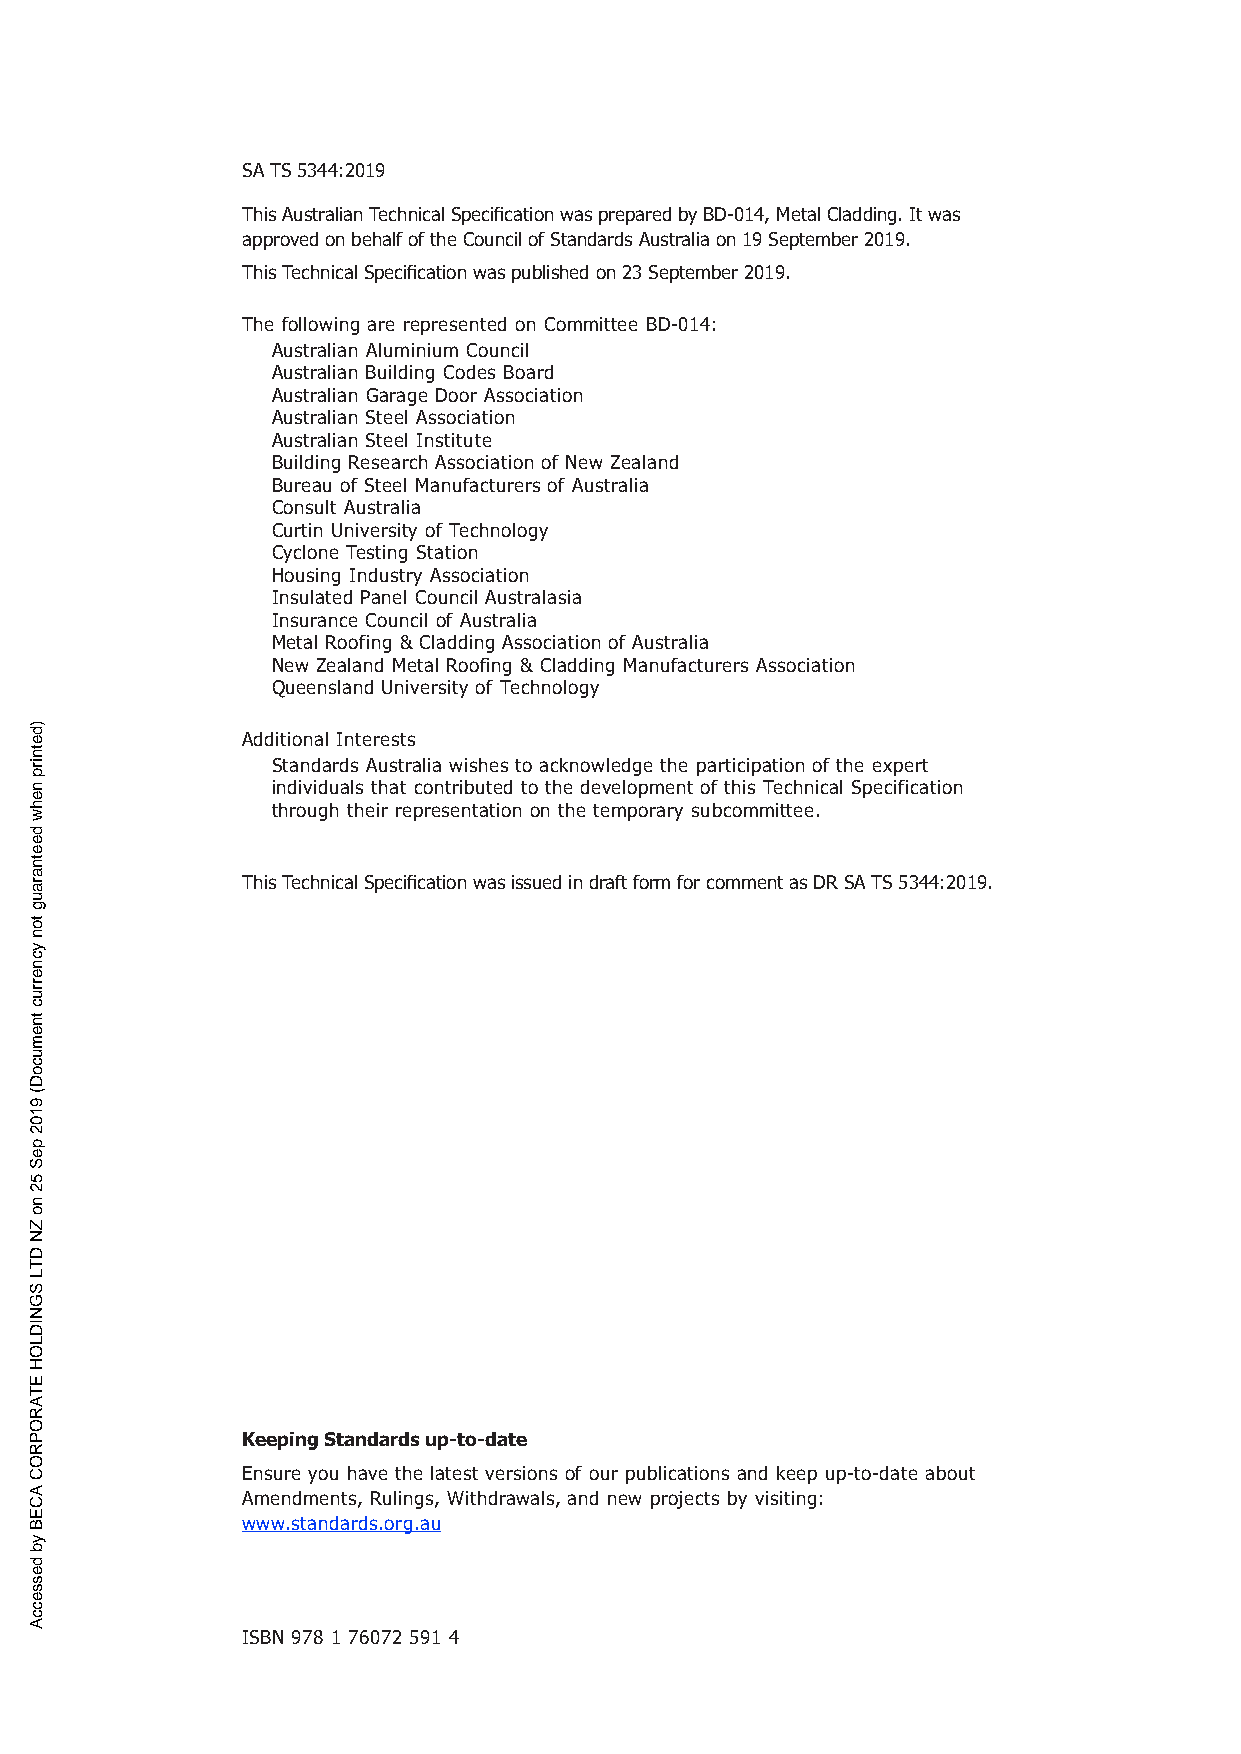
SA TS 5344:2019
 This Australian Technical Specification was prepared by BD-014, Metal Cladding. It was
 approved on behalf of the Council of Standards Australia on 19 September 2019.
 This Technical Specification was published on 23 September 2019.
 The following are represented on Committee BD-014:
 Australian Aluminium Council
 Australian Building Codes Board
 Australian Garage Door Association
 Australian Steel Association
 Australian Steel Institute
 Building Research Association of New Zealand
 Bureau of Steel Manufacturers of Australia
 Consult Australia
 Curtin University of Technology
 Cyclone Testing Station
 Housing Industry Association
 Insulated Panel Council Australasia
 Insurance Council of Australia
 Metal Roofing & Cladding Association of Australia
 New Zealand Metal Roofing & Cladding Manufacturers Association
 Queensland University of Technology
 Additional Interests
 Standards Australia wishes to acknowledge the participation of the expert
 individuals that contributed to the development of this Technical Specification
 through their representation on the temporary subcommittee.
 This Technical Specification was issued in draft form for comment as DR SA TS 5344:2019.
 Keeping Standards up-to-date
 Ensure you have the latest versions of our publications and keep up-to-date about
 Amendments, Rulings, Withdrawals, and new projects by visiting:
 www.standards.org.au
 ISBN 978 1 76072 591 4
 )detnirp
 nehw
 deetnaraug
 ton
 ycnerruc
 tnemucoD(
 9102
 peS
 52
 no
 ZN
 DTL
 SGNIDLOH
 ETAROPROC
 ACEB
 yb
 desseccA